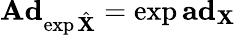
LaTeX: \mathbf{Ad}_{\exp\hat{\mathbf{X}}}=\exp\mathbf{ad}_{\mathbf{X}}